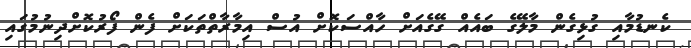
ކެނޑުމާއި ގުޅިގެން މާލޭގެ ބައެއް ގޭގެއަށް ހާއްސަކޮށް އުސް އިމާރާތްތަކަށް ފެން ފޯރުކޮށްދިނުމުގައި